Indian journal of veterinary science and animal husbandry - Volumes 15-17, 1948-1951
Year: 1948
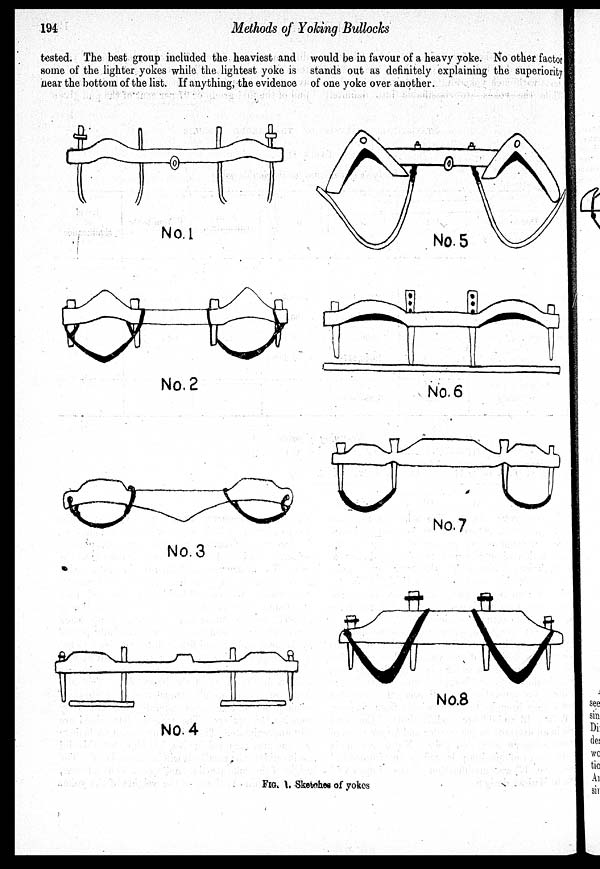
194
Methods of Yoking Bullocks
tested. The best group included the heaviest and
some of the lighter yokes while the lightest yoke is
near the bottom of the list. If anything, the evidence
would be in favour of a heavy yoke. No other factor
stands out as definitely explaining the superiority
of one yoke over another.
FIG. Sketches of yokes